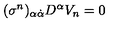
( \sigma ^ { n } ) _ { \alpha \dot { \alpha } } D ^ { \alpha } V _ { n } = 0